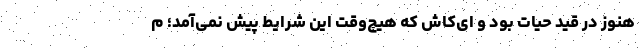
هنوز در قید حیات بود و ای‌کاش که هیچ‌وقت این شرایط پیش نمی‌آمد؛ م